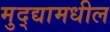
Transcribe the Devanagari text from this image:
मुद्द्यामधील